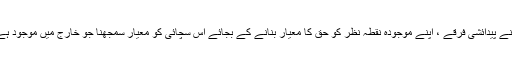
اپنے پیدائشی فرقے ، اپنے موجودہ نقطہ نظر کو حق کا معیار بنانے کے بجائے اس سچائی کو معیار سمجھنا جو خارج میں موجود ہے۔